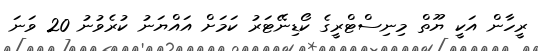
ރީހާން އަކީ ޔޫތް މިނިސްޓްރީގެ ކޯޑިނޭޓަރު ކަމަށް އައްޔަނު ކުރެވުނު 20 ވަނަ